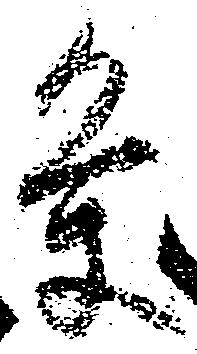
条